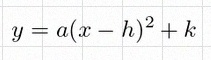
y=a(x-h)^2+k